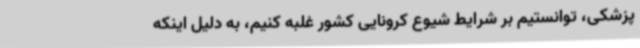
پزشکی، توانستیم بر شرایط شیوع کرونایی کشور غلبه کنیم، به دلیل اینکه